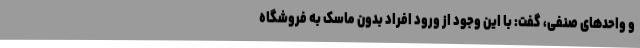
و واحدهای صنفی، گفت: با این وجود از ورود افراد بدون ماسک به فروشگاه